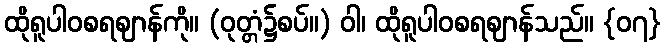
ထိုရူပါဝစရဈာန်ကို။ (ဝုတ္တံ၌စပ်။) ဝါ၊ ထိုရူပါဝစရဈာန်သည်။ {၀၇}